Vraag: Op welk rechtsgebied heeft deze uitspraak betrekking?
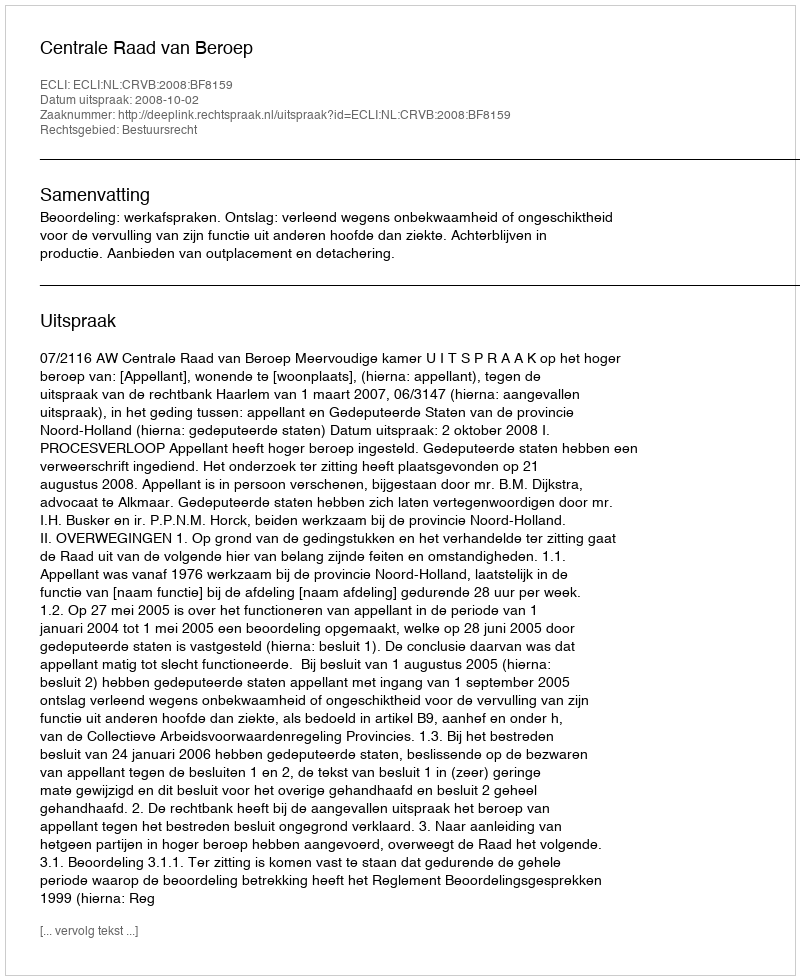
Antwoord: Bestuursrecht